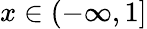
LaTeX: x\in(-\infty,1]